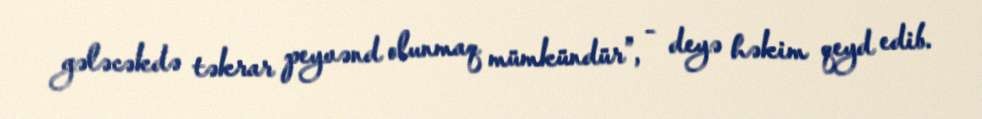
gələcəkdə təkrar peyvənd olunmaq mümkündür”, - deyə həkim qeyd edib.